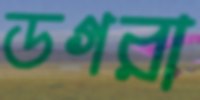
ডগরা